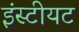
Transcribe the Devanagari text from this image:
इंस्टीयट